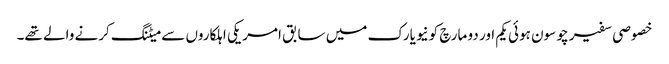
خصوصی سفیر چو سون ہوئی یکم اور دو مارچ کونیویارک میں سابق امریکی اہلکاروں سے میٹنگ کرنے والے تھے۔